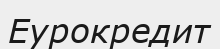
Еурокредит